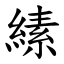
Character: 縤